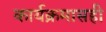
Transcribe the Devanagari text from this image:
कार्यक्रमासही